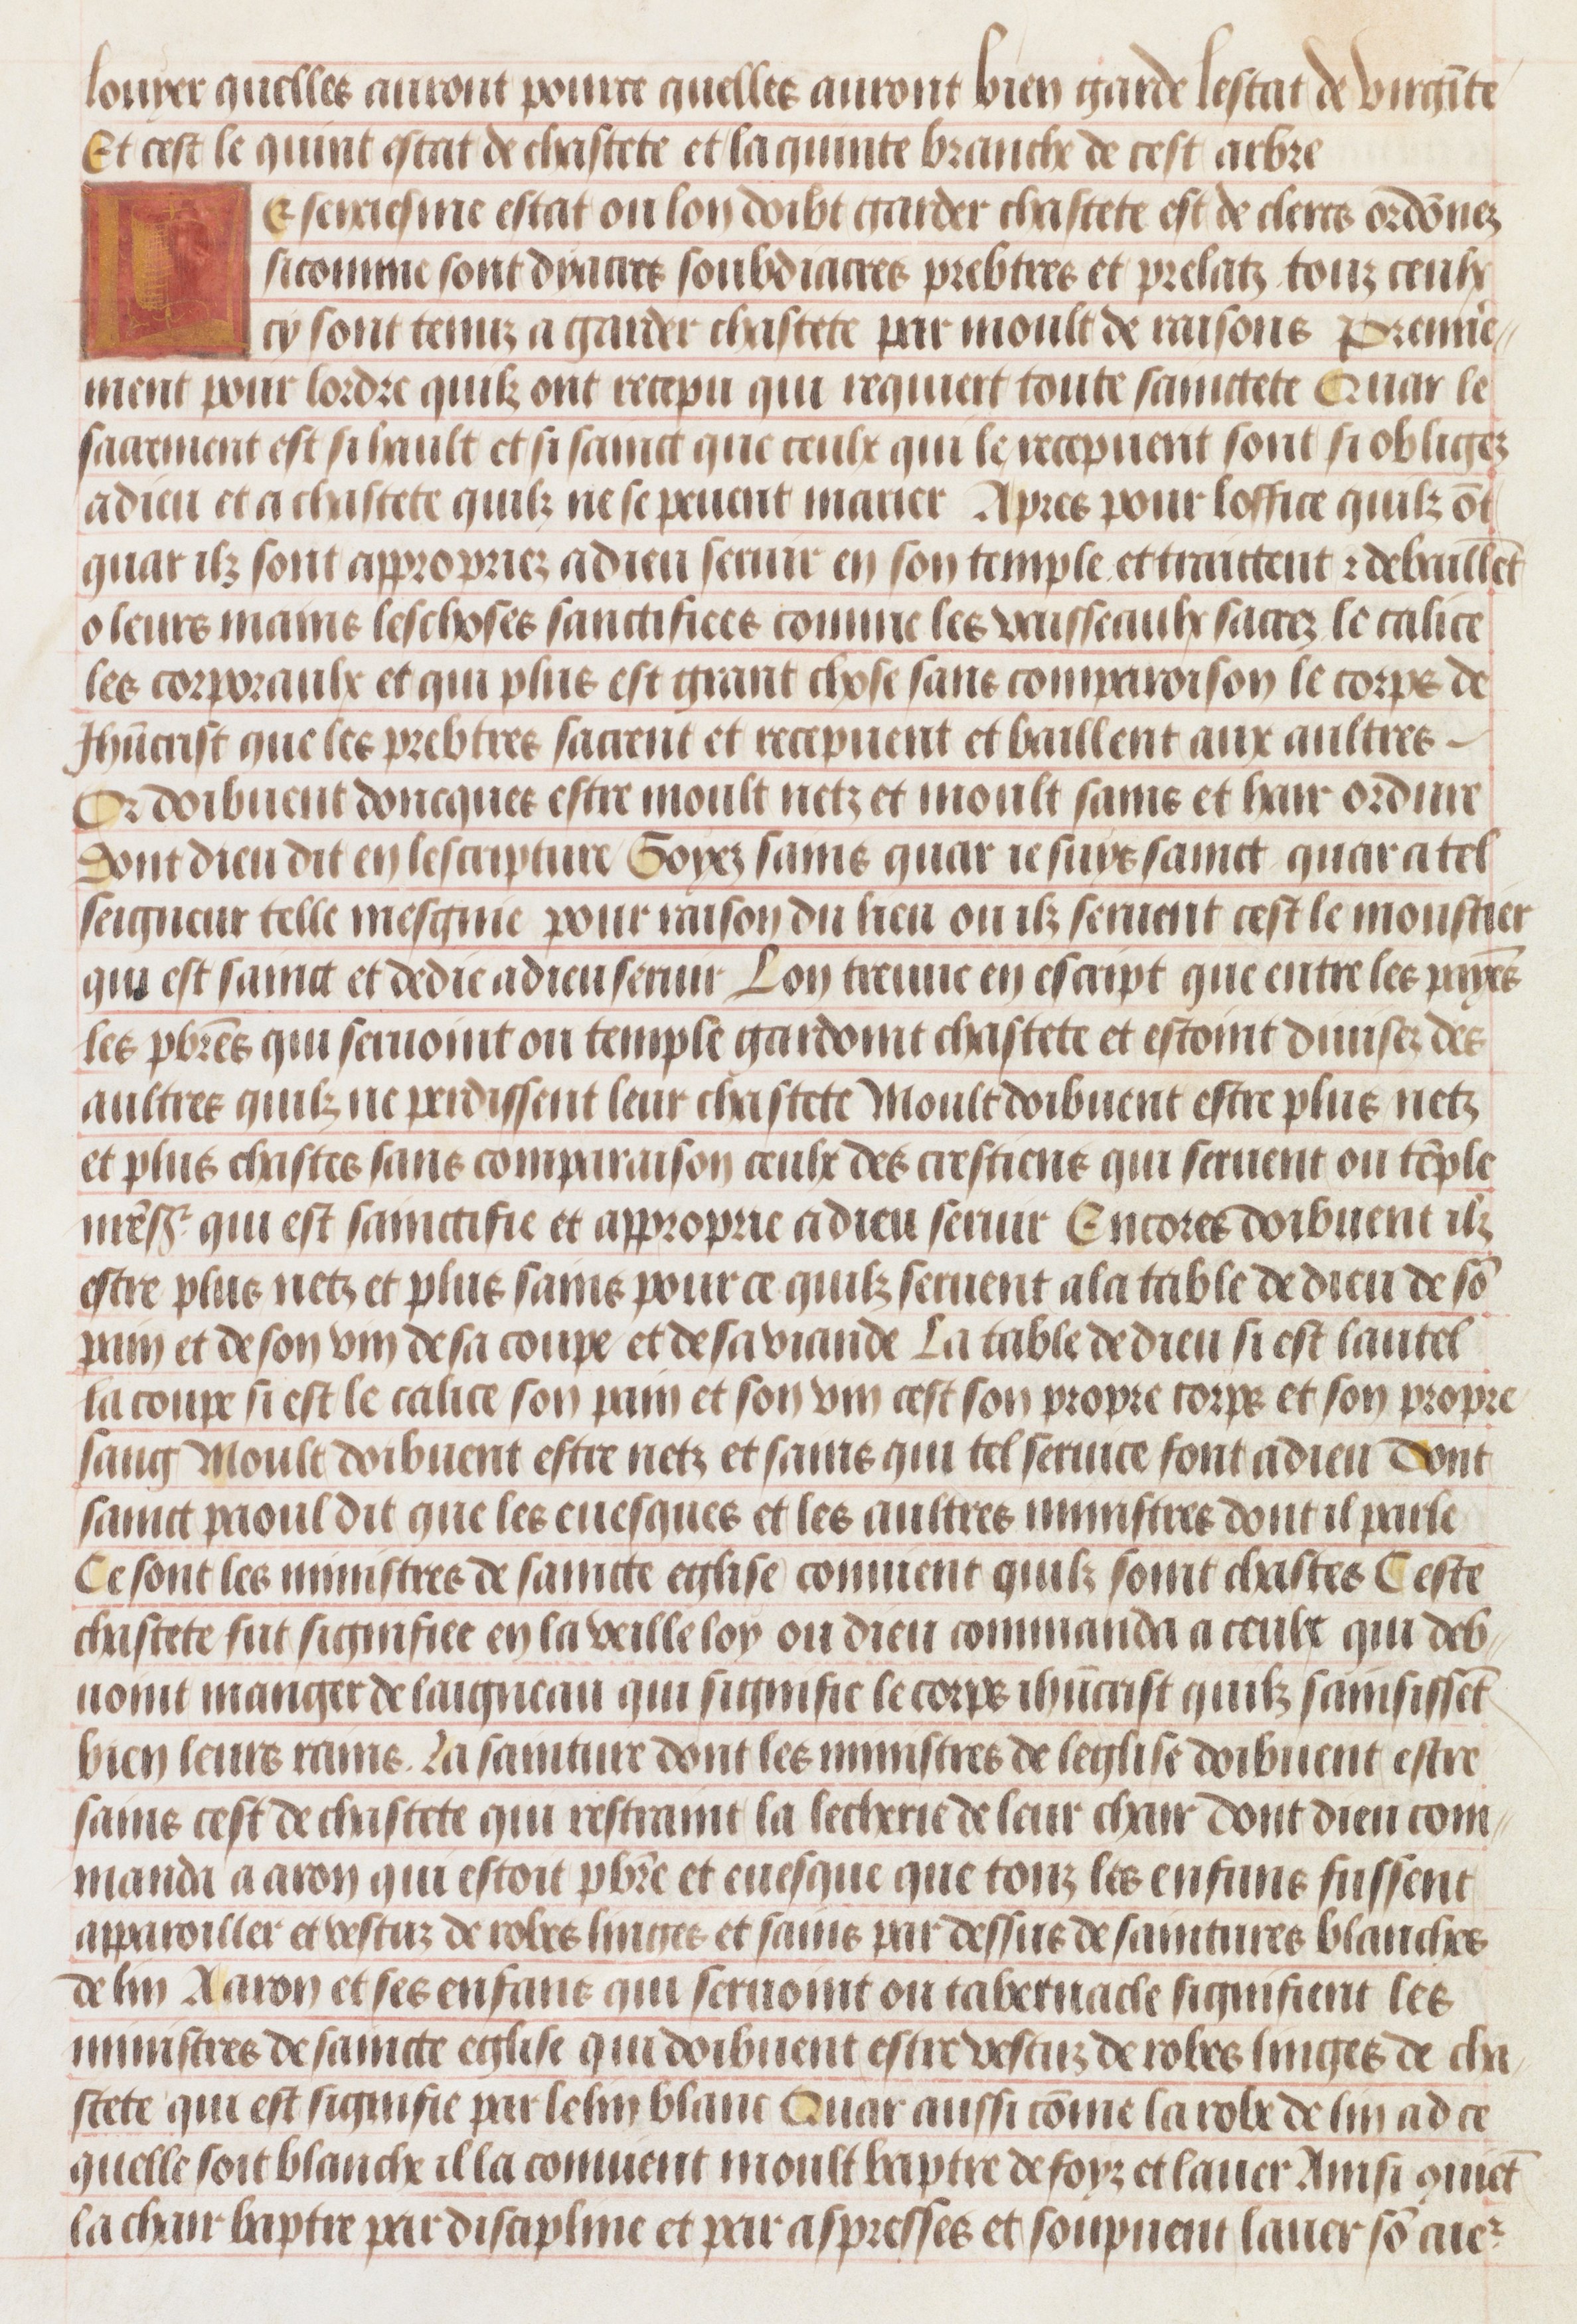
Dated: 1450–1475